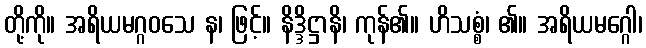
တို့ကို။ အရိယမဂ္ဂဝသေ န၊ ဖြင့်။ နိဒ္ဒိဋ္ဌာနိ၊ ကုန်၏။ ဟိသစ္စံ၊ ၏။ အရိယမဂ္ဂေါ၊